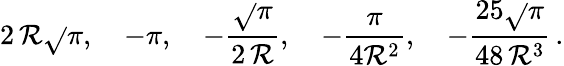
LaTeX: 2\, \mathcal{R}\sqrt{}{\pi},\quad-\pi,\quad-\frac{{\sqrt{}{\pi}}}{{2\, \mathcal{R}}},\quad-\frac{{\pi}}{{4\mathcal{R}^{2}}},\quad-\frac{{25\sqrt{}{\pi}}}{{48\, \mathcal{R}^{3}}}\, {.}